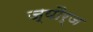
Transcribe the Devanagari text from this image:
ज्यौर्ज